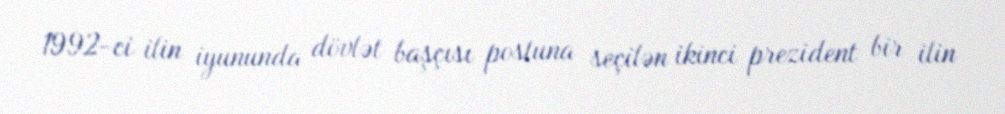
1992-ci ilin iyununda dövlət başçısı postuna seçilən ikinci prezident bir ilin